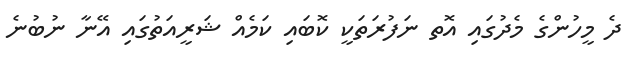
ދެ މީހުންގެ މެދުގައި އޮތ ނަފުރަތަކީ ކޮބައި ކަމެއް ޝަރީއަތުގައި އޭނާ ނުބުނެ